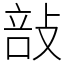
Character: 㪗